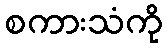
စကားသံကို